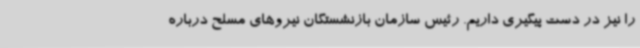
را نیز در دست پیگیری داریم. رئیس سازمان بازنشستگان نیروهای مسلح درباره